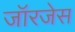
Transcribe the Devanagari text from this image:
जॉरजेस